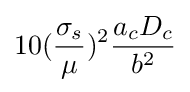
10({\frac {\sigma _{s}}{\mu }})^{2}{\frac {a_{c}D_{c}}{b^{2}}}